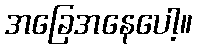
အခြေအနေပေါ့။